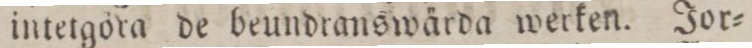
intetgöra de beundranswärda werken. Jor=